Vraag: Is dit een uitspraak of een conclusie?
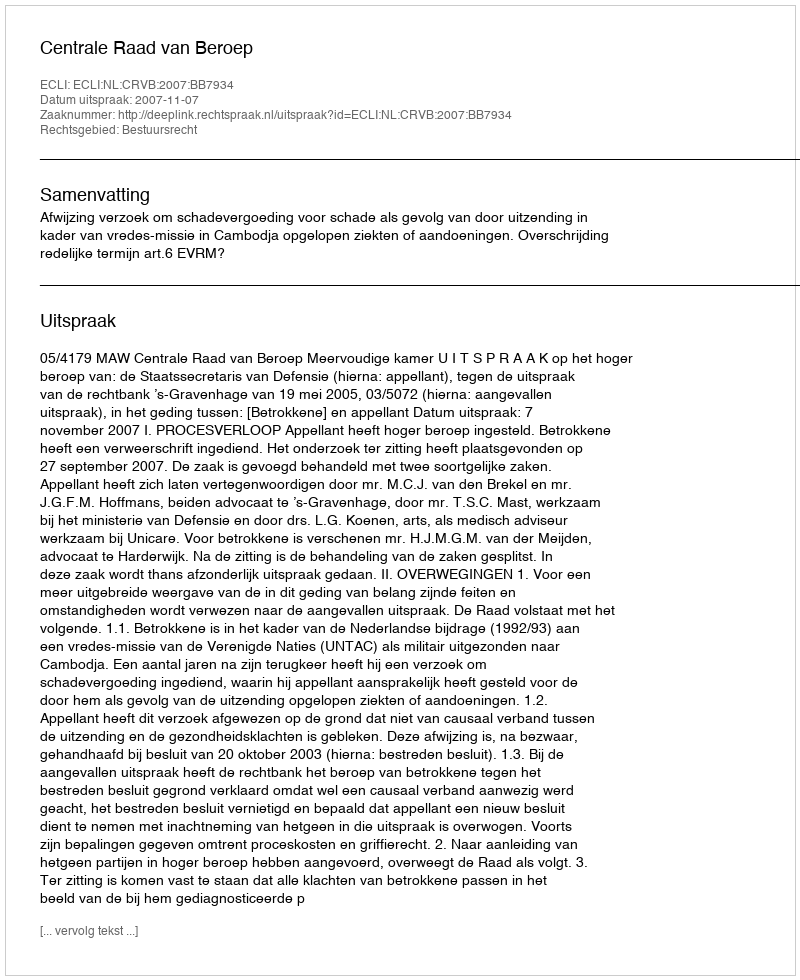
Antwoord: Uitspraak